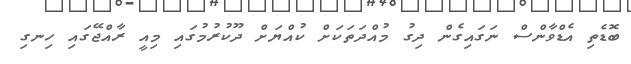
ބޮޑެތި އެޑްވާންސް ނަގައިގެން ދިގު މުއްދަތަކަށް ކުއްޔަށް ދޫކުރުމުގައި މިއީ ރާއްޖޭގައި ހިނގި